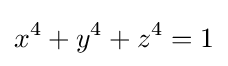
x^{4}+y^{4}+z^{4}=1